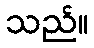
သည်။